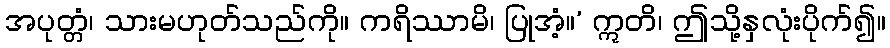
အပုတ္တံ၊ သားမဟုတ်သည်ကို။ ကရိဿာမိ၊ ပြုအံ့။’ ဣတိ၊ ဤသို့နှလုံးပိုက်၍။